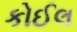
કોઈલ